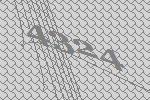
4324